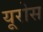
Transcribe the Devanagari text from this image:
यूरोस